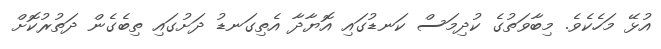
އުޅޭ މަހެކެވެ. މިބާވަތުގެ ކުދިމަސް ކަނޑުގައި އޮޔާދާ އެތިގަނޑު ދަށުގައި ތިބެގެން ދަތުރުކޮށް